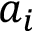
a _ { i }